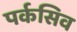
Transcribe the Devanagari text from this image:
पर्कसिव